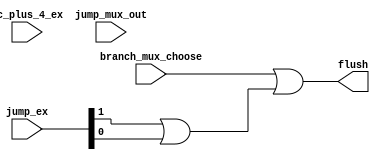
`timescale 1ns / 1ps

module PredictionUnit (
    input wire [31:0] pc_plus_4_ex,
    input wire branch_mux_choose,
    input wire [1:0] jump_ex,
    input wire [31:0] jump_mux_out,  // target pc
    output wire flush
);

  // Predict the next PC
  wire jump_or_branch;
  assign jump_or_branch = branch_mux_choose || (jump_ex[1] || jump_ex[0]);

  // If the branch is taken and the next PC is not the same as the target PC, flush the pipeline
  assign flush = jump_or_branch;
endmodule